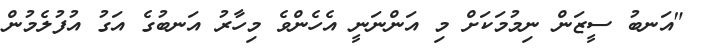
"އަނބު ސީޒަން ނިމުމަކަށް މި އަންނަނީ އެހެންވެ މިހާރު އަނބުގެ އަގު އުފުލެމުން